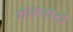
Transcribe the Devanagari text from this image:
शोभनाद्री